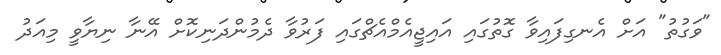
"ވަގުތު" އަށް އެނގިފައިވާ ގޮތުގައި އައިޖީއެމްއެޗްގައި ފަރުވާ ދެމުންދަނިކޮށް އޭނާ ނިޔާވީ މިއަދު